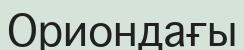
Ориондағы